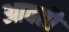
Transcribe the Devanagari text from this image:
आवतौ